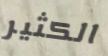
الكثير